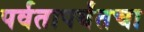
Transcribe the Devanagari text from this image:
पर्वतापर्यंतचा